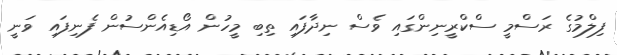
ފިލްމުގެ ރަސްމީ ސްކްރީނިންގައި ވެސް ނިދާފައި ތިބި މީހުން އޯޑިއެންސުން ފެނިފައި ވަނީ